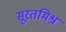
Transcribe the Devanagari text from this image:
सूरतमिश्र